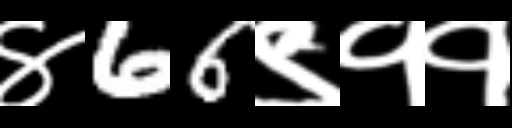
Text: ४66९११